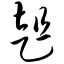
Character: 趄